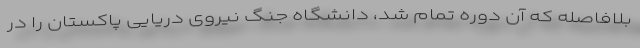
بلافاصله که آن دوره تمام شد، دانشگاه جنگ نیروی دریایی پاکستان را در